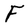
Character: F